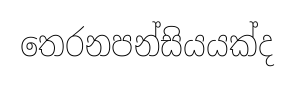
තෙරනපන්සියයක්ද